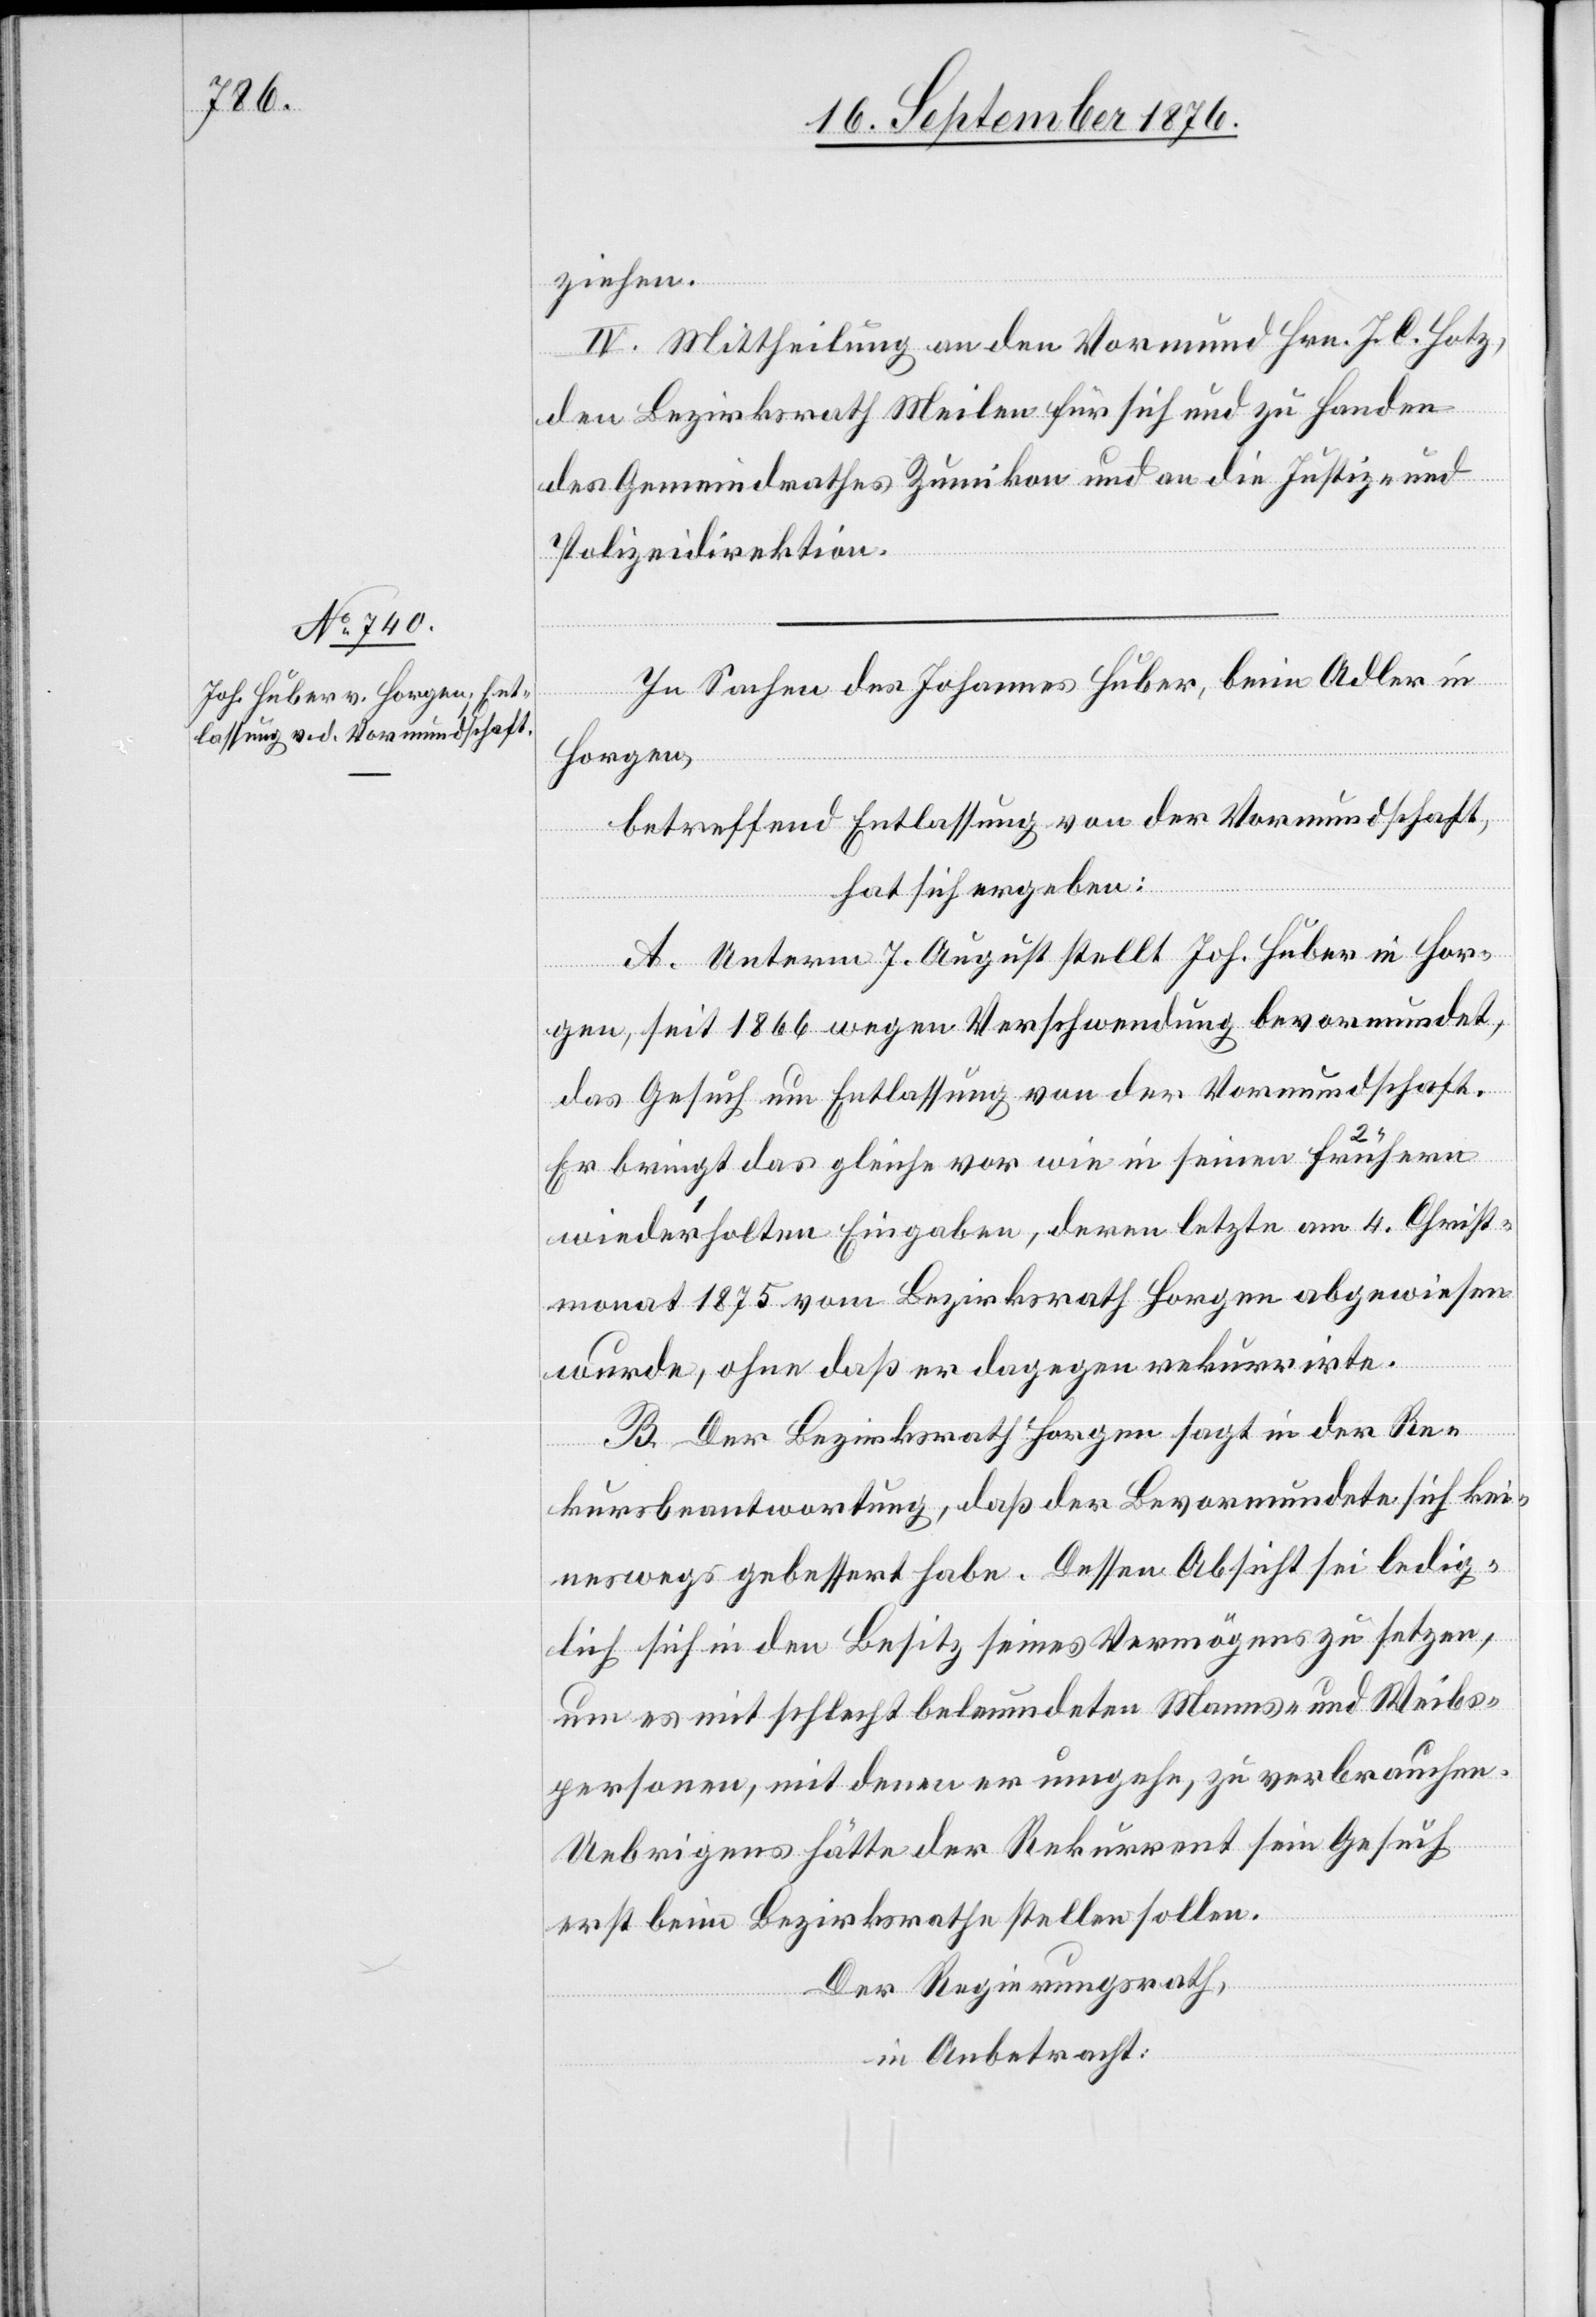
ziehen.
IV. Mittheilung an den Vormund Hrn. J. C. Hotz,
den Bezirksrath Meilen für sich und zu Handen
des Gemeindrathes Zumikon und an die Justiz- und
Polizeidirektion.
In Sachen des Johannes Huber, beim Adler in
Horgen,
betreffend Entlassung von der Vormundschaft,
hat sich ergeben:
A. Unterm 7. August stellt Joh. Huber in Hor¬
gen, seit 1866 wegen Verschwendung bevormundet,
das Gesuch um Entlassung von der Vormundschaft.
Er bringt das gleiche vor wie in seinen frühern
wiederholten Eingaben, deren letzte am 4. Christ¬
monat 1875 vom Bezirksrath Horgen abgewiesen
wurde, ohne daß er dagegen rekurrirte.
B. Der Bezirksrath Horgen sagt in der Re¬
kursbeantwortung, daß der Bevormundete sich kei¬
neswegs gebessert habe. Dessen Absicht sei ledig¬
lich sich in den Besitz seines Vermögens zu setzen,
um es mit schlecht beleumdeten Manns- und Weibs¬
personen, mit denen er umgehe, zu verbrauchen.
Uebrigens hätte der Rekurrent sein Gesuch
erst beim Bezirksrathe stellen sollen.
Der Regierungsrath,
in Anbetracht: